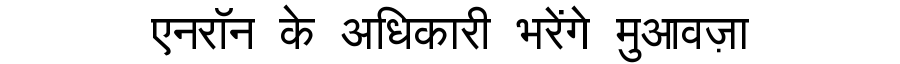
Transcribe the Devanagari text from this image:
एनरॉन के अधिकारी भरेंगे मुआवज़ा